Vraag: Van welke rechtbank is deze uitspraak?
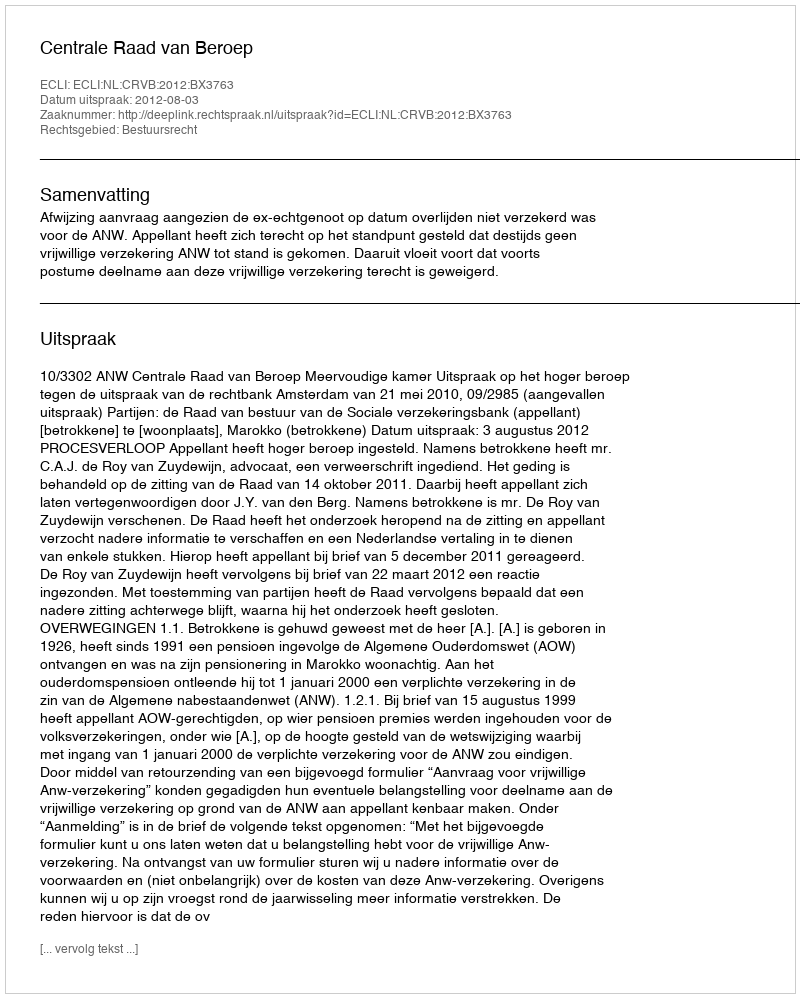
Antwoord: Centrale Raad van Beroep